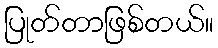
ပြုတ်တာဖြစ်တယ်။